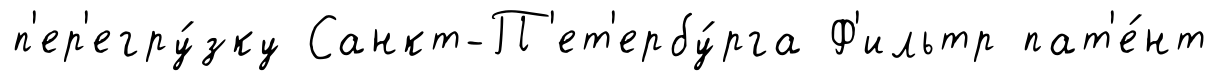
п'ер'егру́зку Санкт-П'ет'ербу́рга Ф'ильтр пат'е́нт